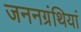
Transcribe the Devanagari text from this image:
जननग्रंथियां